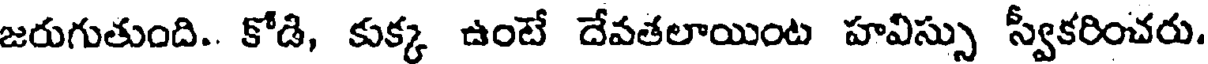
జరుగుతుంది.. కోడి, కుక్క ఉంటే దేవతలాయింట హవిస్సు స్వీకరించరు.